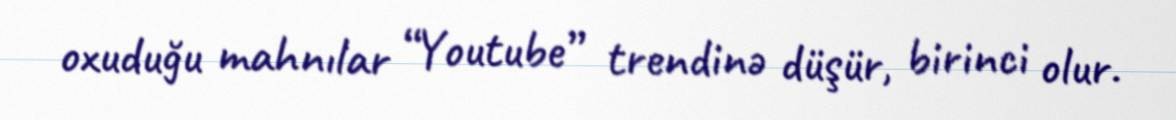
oxuduğu mahnılar “Youtube” trendinə düşür, birinci olur.